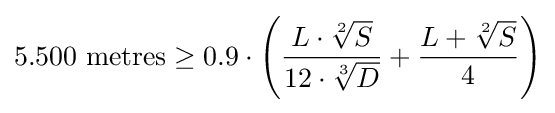
5.500{\mbox{ metres}}\geq 0.9\cdot \left({\frac {L\cdot {\sqrt[{2}]{S}}}{12\cdot {\sqrt[{3}]{D}}}}+{\frac {L+{\sqrt[{2}]{S}}}{4}}\right)